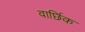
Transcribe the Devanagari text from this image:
वार्छिक